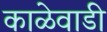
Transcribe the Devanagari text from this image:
काळेवाडी